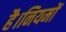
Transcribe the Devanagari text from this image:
है।नियमों